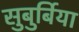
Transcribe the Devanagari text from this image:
सुबुर्बिया